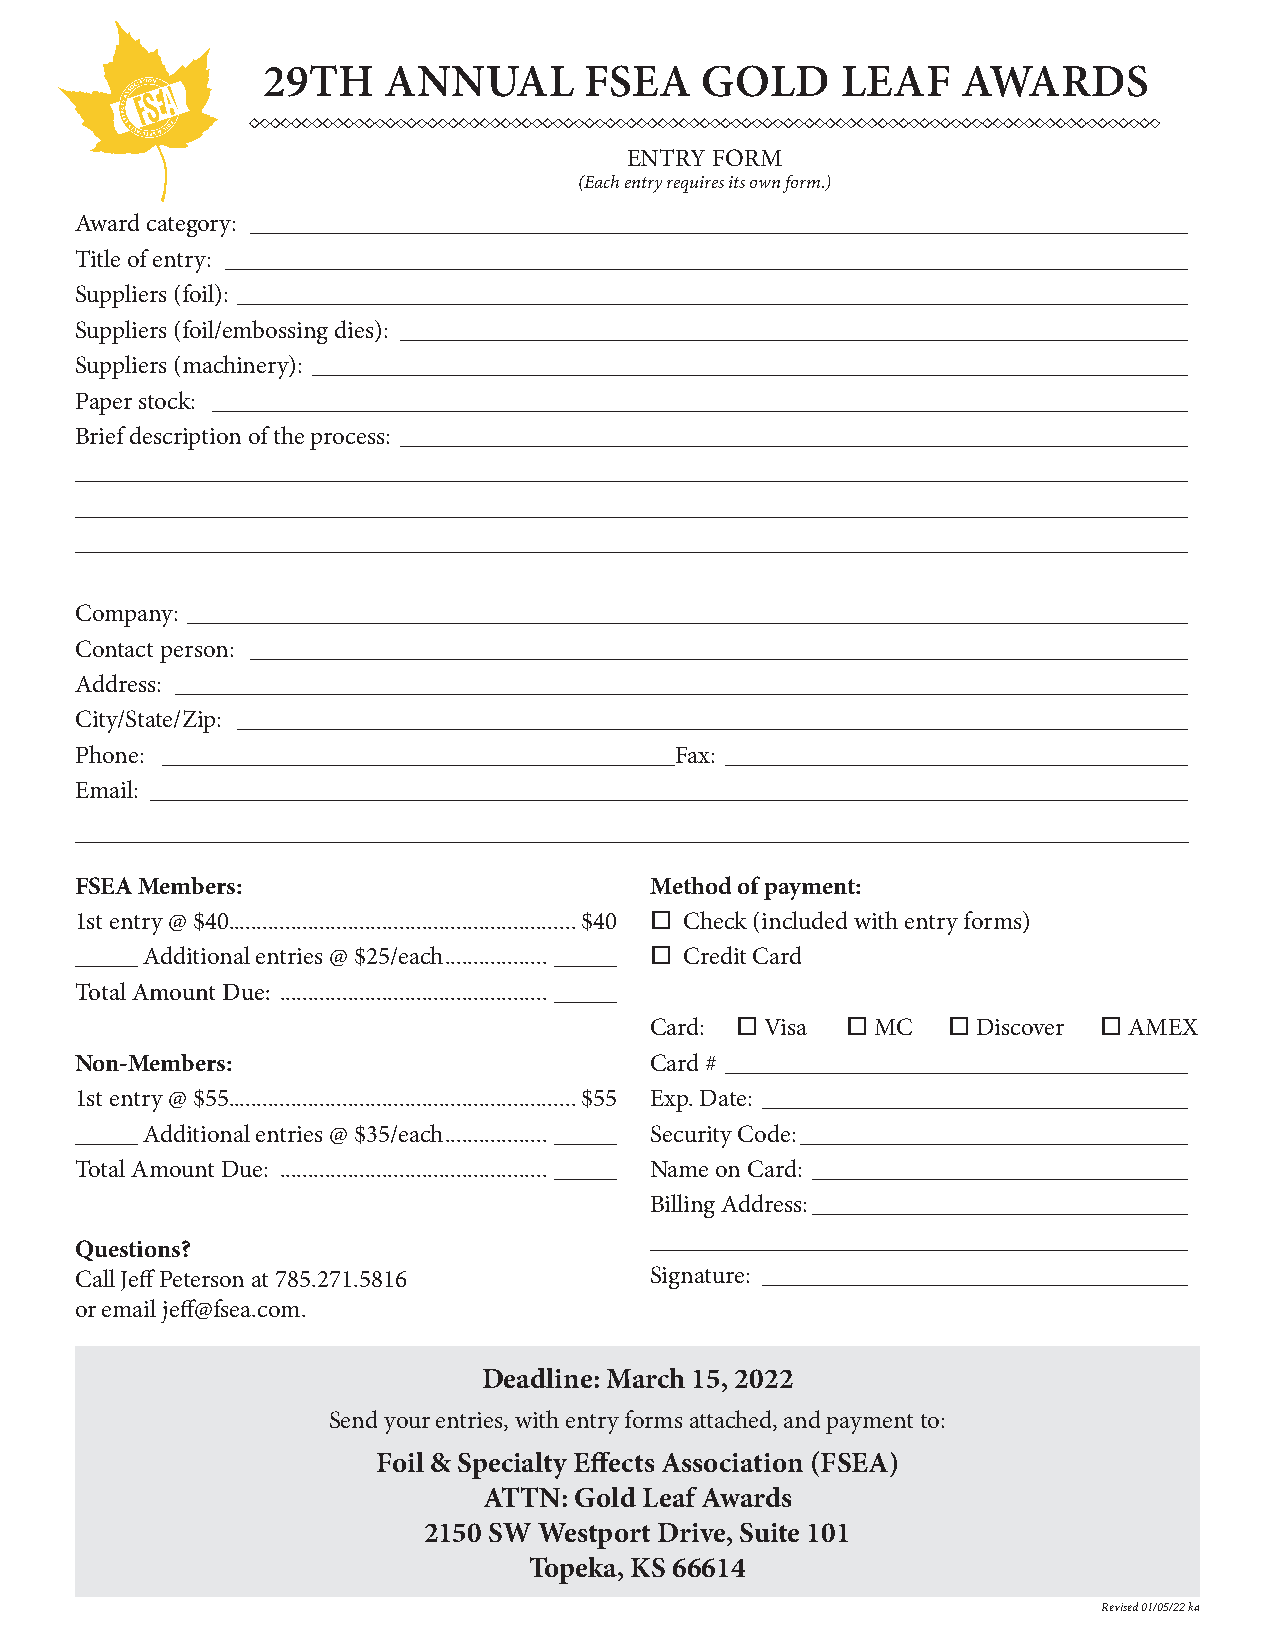
29TH    ANNUAL        FSEA   GOLD      LEAF    AWARDS
 ENTRY FORM
 (Each entry requires its own form.)
 Award category: ___________________________________________________________________________
 Title of entry: _____________________________________________________________________________
 Suppliers (foil): ____________________________________________________________________________
 Suppliers (foil/embossing dies): _______________________________________________________________
 Suppliers (machinery): ______________________________________________________________________
 Paper stock: ______________________________________________________________________________
 Brief description of the process: _______________________________________________________________
 _________________________________________________________________________________________
 _________________________________________________________________________________________
 _________________________________________________________________________________________
 Company: ________________________________________________________________________________
 Contact person: ___________________________________________________________________________
 Address: _________________________________________________________________________________
 City/State/Zip: ____________________________________________________________________________
 Phone: _________________________________________Fax: _____________________________________
 Email: ___________________________________________________________________________________
 FSEA Members:                         Method of payment:
 1st entry @ $40 .............................................................$40 o Check (included with entry forms)
 _____ Additional entries @ $25/each .................. _____ o Credit Card
 Total Amount Due: ............................................... _____
 Card: o Visa o MC   o Discover o AMEX
 Non-Members:                          Card # _____________________________________
 1st entry @ $55 .............................................................$55 Exp. Date: __________________________________
 _____ Additional entries @ $35/each .................. _____ Security Code: _______________________________
 Total Amount Due: ............................................... _____ Name on Card: ______________________________
 Billing Address: ______________________________
 ___________________________________________
 Questions?
 Call Jeff Peterson at 785.271.5816    Signature: __________________________________
 or email jeff@fsea.com.
 Deadline: March 15, 2022
 Send your entries, with entry forms attached, and payment to:
 Foil & Specialty Effects Association (FSEA)
 ATTN: Gold Leaf Awards
 2150 SW Westport Drive, Suite 101
 Topeka, KS 66614
 Revised 01/05/22 ka